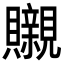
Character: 䞋